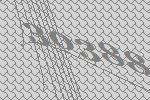
30388